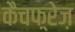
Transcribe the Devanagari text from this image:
कैचफ़्रेज़